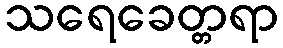
သရေခေတ္တရာ